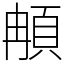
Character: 𩑺